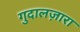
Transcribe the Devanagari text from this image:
गुदालज़ारा